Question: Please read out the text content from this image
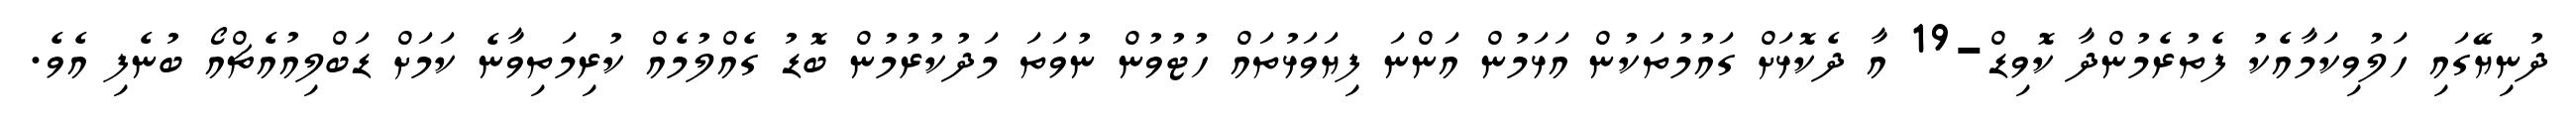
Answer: ދުނިޔޭގައި ހަލުވިކަމާއެކު ފެތުރެމުންދާ ކޮވިޑް-19 އާ ދެކޮޅަށް ގައުމުތަކުން އަޅަމުން އަންނަ ފިޔަވަޅުތައް ހުޓުވުން ނުވަތަ މަދުކުރުމުން ބޮޑު ގެއްލުމެއް ކުރިމަތިވާނެ ކަމަށް ޑަބްލިއުއެޗްއޯ ބުނެފި އެވެ.